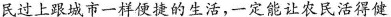
民过上跟城市一样便捷的生活，一定能让农民活得健